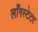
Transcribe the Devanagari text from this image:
लाँगस्टेटर